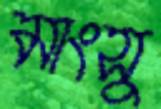
মাংসু